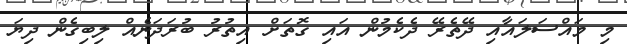
މި މައްސަލައާއި ދޭތެރޭ ދެކެމުން އައި ގޮތަށް އިތުރު ބުރަދަނެއް ލިބިގެން ދިޔަ